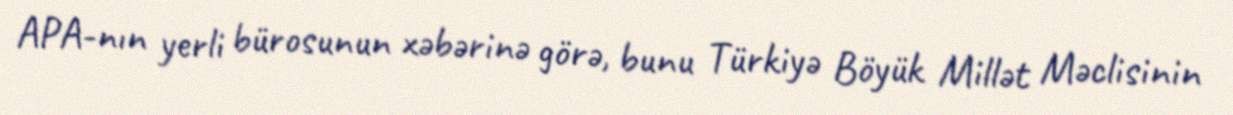
APA-nın yerli bürosunun xəbərinə görə, bunu Türkiyə Böyük Millət Məclisinin